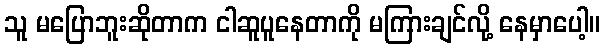
သူ မပြောဘူးဆိုတာက ငါဆူပူနေတာကို မကြားချင်လို့ နေမှာပေါ့။